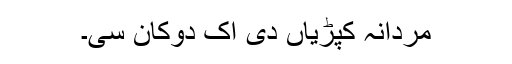
مردانہ کپڑیاں دی اک دُوکان سی۔